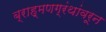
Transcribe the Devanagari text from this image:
ब्राह्मणग्रंथांवरून